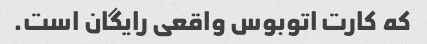
که کارت اتوبوس واقعی رایگان است.